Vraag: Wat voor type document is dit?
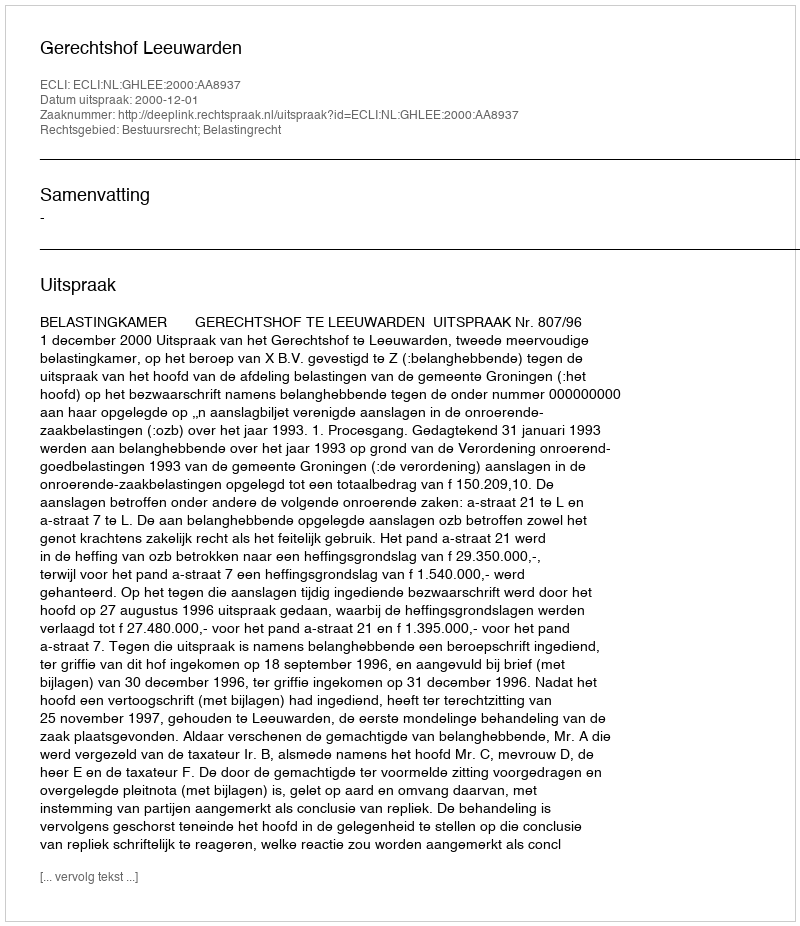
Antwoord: Uitspraak